Madras plague regulations and rules - Volume 1
Disease focus: Plague
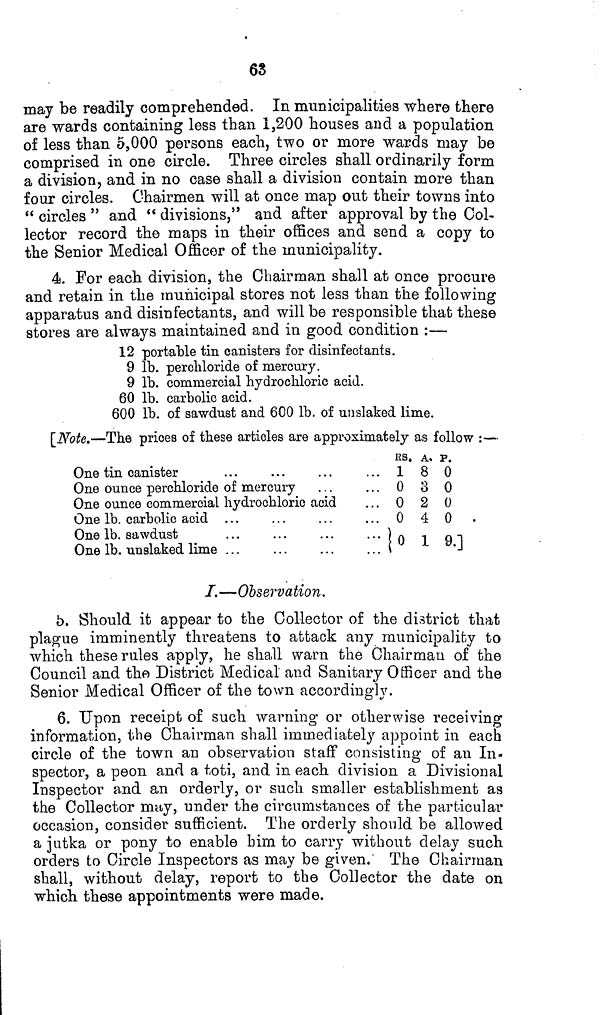
63
may be readily comprehended. In municipalities where there
are wards containing less than 1,200 houses and a population
of less than 5,000 persons each, two or more wards may be
comprised in one circle. Three circles shall ordinarily form
a division, and in no case shall a division contain more than
four circles. Chairmen will at once map out their towns into
" circles " and " divisions," and after approval by the Col-
lector record the maps in their offices and send a copy to
the Senior Medical Officer of the municipality.
4. For each division, the Chairman shall at once procure
and retain in the municipal stores not less than the following
apparatus and disinfectants, and will be responsible that these
stores are always maintained and in good condition :—
12 portable tin canisters for disinfectants.
9 lb. perchloride of mercury.
9 lb. commercial hydrochloric acid.
60 lb. carbolic acid.
600 lb. of sawdust and 600 lb. of unslaked lime.
[Note.—The prices of these articles are approximately as follow :—
One tin canister
One ounce perchloride of mercury
One ounce commercial hydrochloric acid
One lb. carbolic acid
One lb. sawdust
One lb. unslaked lime ...
RS.
... 1
... 0
... 0
0
0
A.
8
3
2
4
p.
0
0
0
0
9.
I.—Observation.
5. Should it appear to the Collector of the district that
plague imminently threatens to attack any municipality to
which these rules apply, he shall warn the Chairman of the
Council and the District Medical and Sanitary Officer and the
Senior Medical Officer of the town accordingly.
6. Upon receipt of such warning or otherwise receiving
information, the Chairman shall immediately appoint in each
circle of the town an observation staff consisting of an In.
spector, a peon and a toti, and in each division a Divisional
Inspector and an orderly, or such smaller establishment as
the Collector may, under the circumstances of the particular
occasion, consider sufficient. The orderly should be allowed
a jutka or pony to enable him to carry without delay such
orders to Circle Inspectors as may be given. The Chairman
shall, without delay, report to the Collector the date on
which these appointments were made.